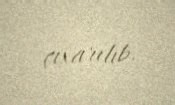
çıxarılıb.